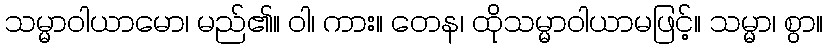
သမ္မာဝါယာမော၊ မည်၏။ ဝါ၊ ကား။ တေန၊ ထိုသမ္မာဝါယာမဖြင့်။ သမ္မာ၊ စွာ။